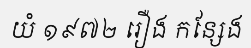
យំ ១៩៧២ រឿង កន្សែង